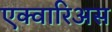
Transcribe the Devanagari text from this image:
एक्वारिअस